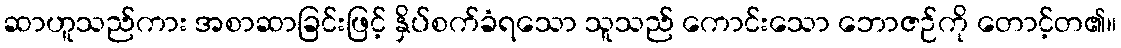
ဆာဟူသည်ကား အစာဆာခြင်းဖြင့် နှိပ်စက်ခံရသော သူသည် ကောင်းသော ဘောဇဉ်ကို တောင့်တ၏။